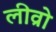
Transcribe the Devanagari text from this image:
लीव्रो